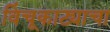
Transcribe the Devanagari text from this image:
विंचूकाट्याचा